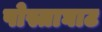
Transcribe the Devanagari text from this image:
पोस्ताघाट